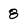
Character: 8